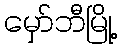
မှော်ဘီမြို့